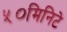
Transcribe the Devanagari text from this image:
५०मिनिटे